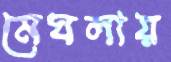
মেঘলায়